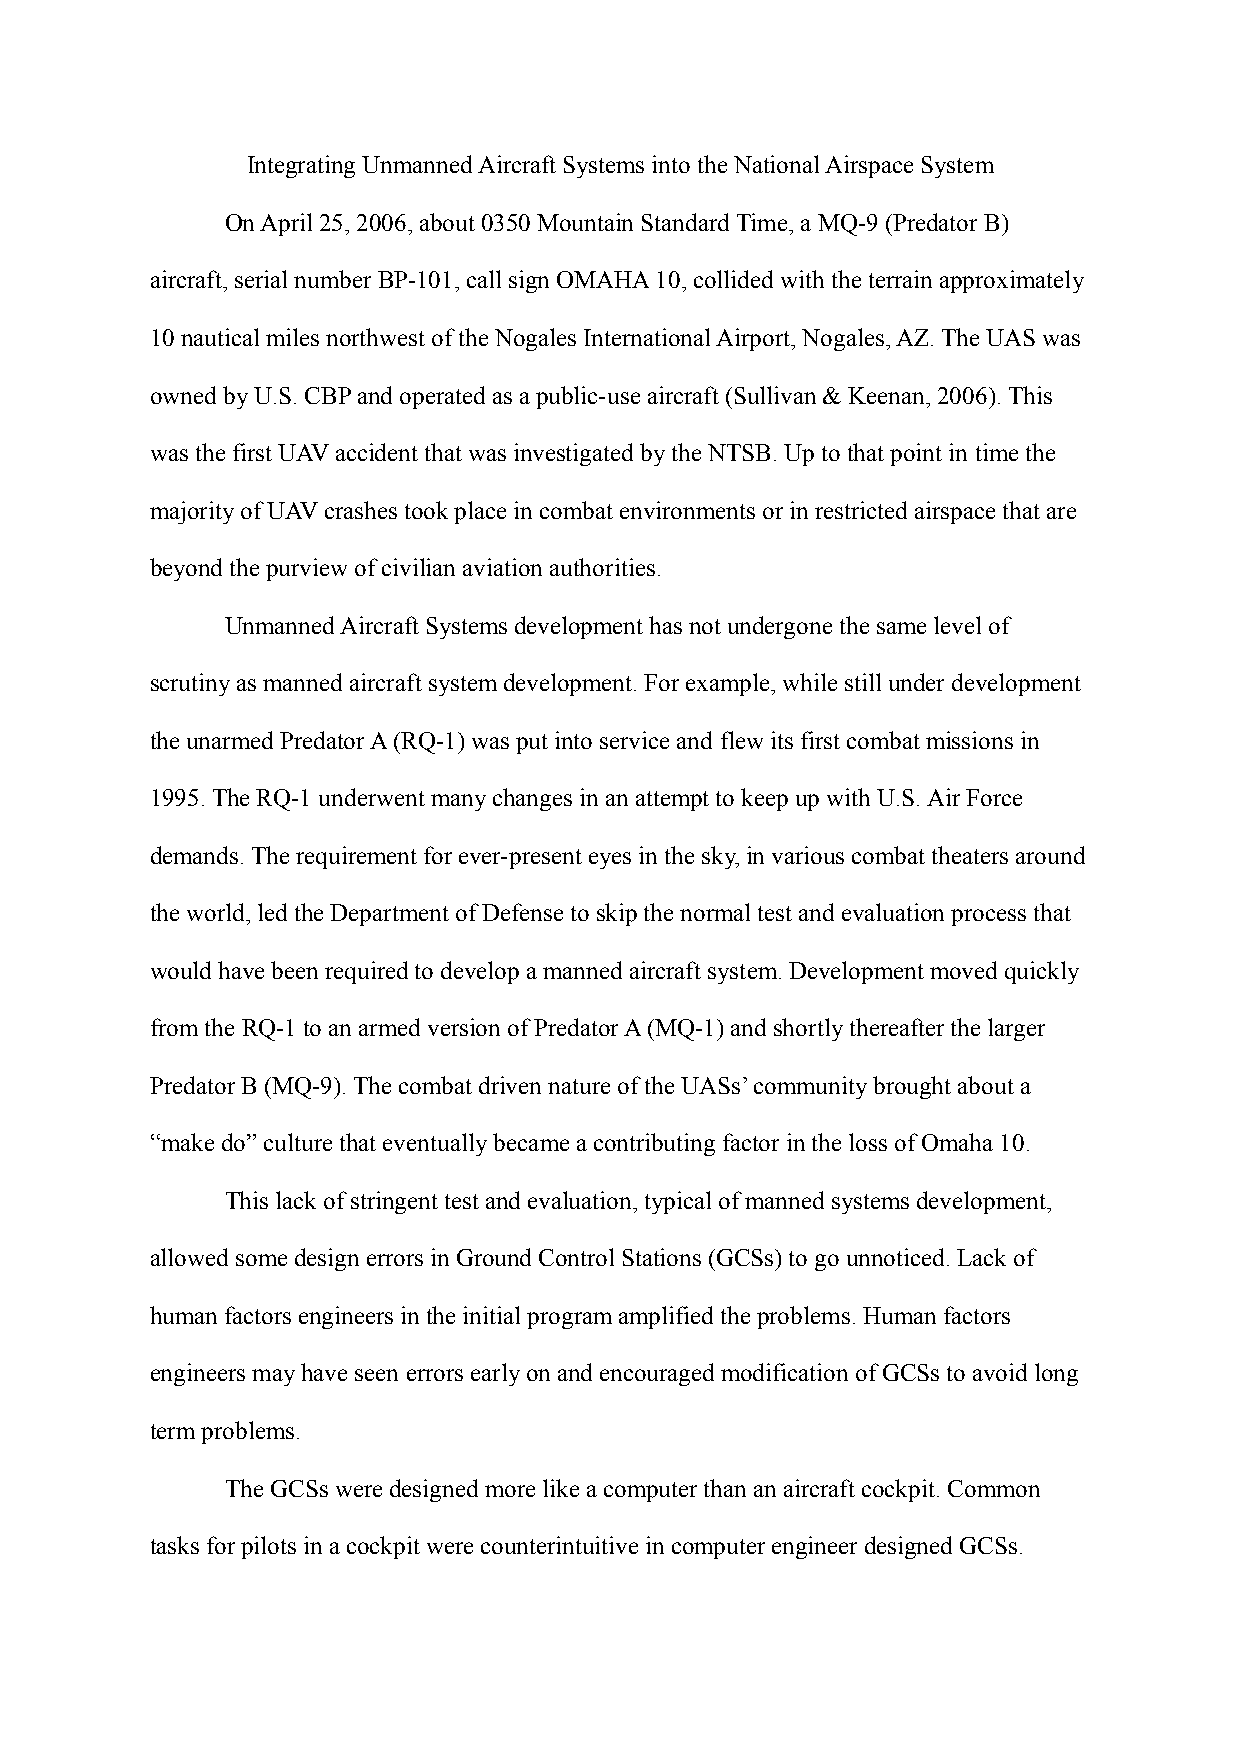
Integrating Unmanned Aircraft Systems into the National Airspace System
 On April 25, 2006, about 0350 Mountain Standard Time, a MQ-9 (Predator B)
 aircraft, serial number BP-101, call sign OMAHA 10, collided with the terrain approximately
 10 nautical miles northwest of the Nogales International Airport, Nogales, AZ. The UAS was
 owned by U.S. CBP and operated as a public-use aircraft (Sullivan & Keenan, 2006). This
 was the first UAV accident that was investigated by the NTSB. Up to that point in time the
 majority of UAV crashes took place in combat environments or in restricted airspace that are
 beyond the purview of civilian aviation authorities.
 Unmanned Aircraft Systems development has not undergone the same level of
 scrutiny as manned aircraft system development. For example, while still under development
 the unarmed Predator A (RQ-1) was put into service and flew its first combat missions in
 1995. The RQ-1 underwent many changes in an attempt to keep up with U.S. Air Force
 demands. The requirement for ever-present eyes in the sky, in various combat theaters around
 the world, led the Department of Defense to skip the normal test and evaluation process that
 would have been required to develop a manned aircraft system. Development moved quickly
 from the RQ-1 to an armed version of Predator A (MQ-1) and shortly thereafter the larger
 Predator B (MQ-9). The combat driven nature of the UASs’ community brought about a
 “make do” culture that eventually became a contributing factor in the loss of Omaha 10.
 This lack of stringent test and evaluation, typical of manned systems development,
 allowed some design errors in Ground Control Stations (GCSs) to go unnoticed. Lack of
 human factors engineers in the initial program amplified the problems. Human factors
 engineers may have seen errors early on and encouraged modification of GCSs to avoid long
 term problems.
 The GCSs were designed more like a computer than an aircraft cockpit. Common
 tasks for pilots in a cockpit were counterintuitive in computer engineer designed GCSs.